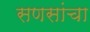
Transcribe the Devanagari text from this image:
सणसांचा